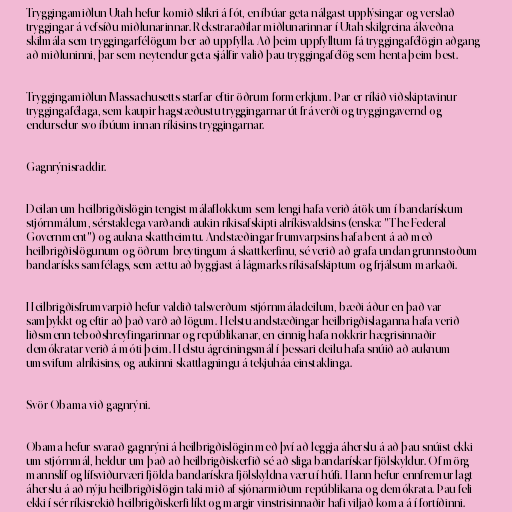
Tryggingamiðlun Utah hefur komið slíkri á fót, en íbúar geta nálgast upplýsingar og verslað
tryggingar á vefsíðu miðlunarinnar. Rekstraraðilar miðlunarinnar í Utah skilgreina ákveðna
skilmála sem tryggingarfélögum ber að uppfylla. Að þeim uppfylltum fá tryggingafélögin aðgang
að miðluninni, þar sem neytendur geta sjálfir valið þau tryggingafélög sem henta þeim best.

Tryggingamiðlun Massachusetts starfar eftir öðrum formerkjum. Þar er ríkið viðskiptavinur
tryggingafélaga, sem kaupir hagstæðustu tryggingarnar út frá verði og tryggingavernd og
endurselur svo íbúum innan ríkisins tryggingarnar.

Gagnrýnisraddir.

Deilan um heilbrigðislögin tengist málaflokkum sem lengi hafa verið átök um í bandarískum
stjórnmálum, sérstaklega varðandi aukin ríkisafskipti alríkisvaldsins (enska: "The Federal
Government") og aukna skattheimtu. Andstæðingar frumvarpsins hafa bent á að með
heilbrigðislögunum og öðrum breytingum á skattkerfinu, sé verið að grafa undan grunnstoðum
bandarísks samfélags, sem ættu að byggjast á lágmarks ríkisafskiptum og frjálsum markaði.

Heilbrigðisfrumvarpið hefur valdið talsverðum stjórnmáladeilum, bæði áður en það var
samþykkt og eftir að það varð að lögum. Helstu andstæðingar heilbrigðislaganna hafa verið
liðsmenn teboðshreyfingarinnar og repúblikanar, en einnig hafa nokkrir hægrisinnaðir
demókratar verið á móti þeim. Helstu ágreiningsmál í þessari deilu hafa snúið að auknum
umsvifum alríkisins, og aukinni skattlagningu á tekjuháa einstaklinga.

Svör Obama við gagnrýni.

Obama hefur svarað gagnrýni á heilbrigðislögin með því að leggja áherslu á að þau snúist ekki
um stjórnmál, heldur um það að heilbrigðiskerfið sé að sliga bandarískar fjölskyldur. Of mörg
mannslíf og lífsviðurværi fjölda bandarískra fjölskyldna væru í húfi. Hann hefur ennfremur lagt
áherslu á að nýju heilbrigðislögin taki mið af sjónarmiðum repúblikana og demókrata. Þau feli
ekki í sér ríkisrekið heilbrigðiskerfi líkt og margir vinstrisinnaðir hafi viljað koma á í fortíðinni.